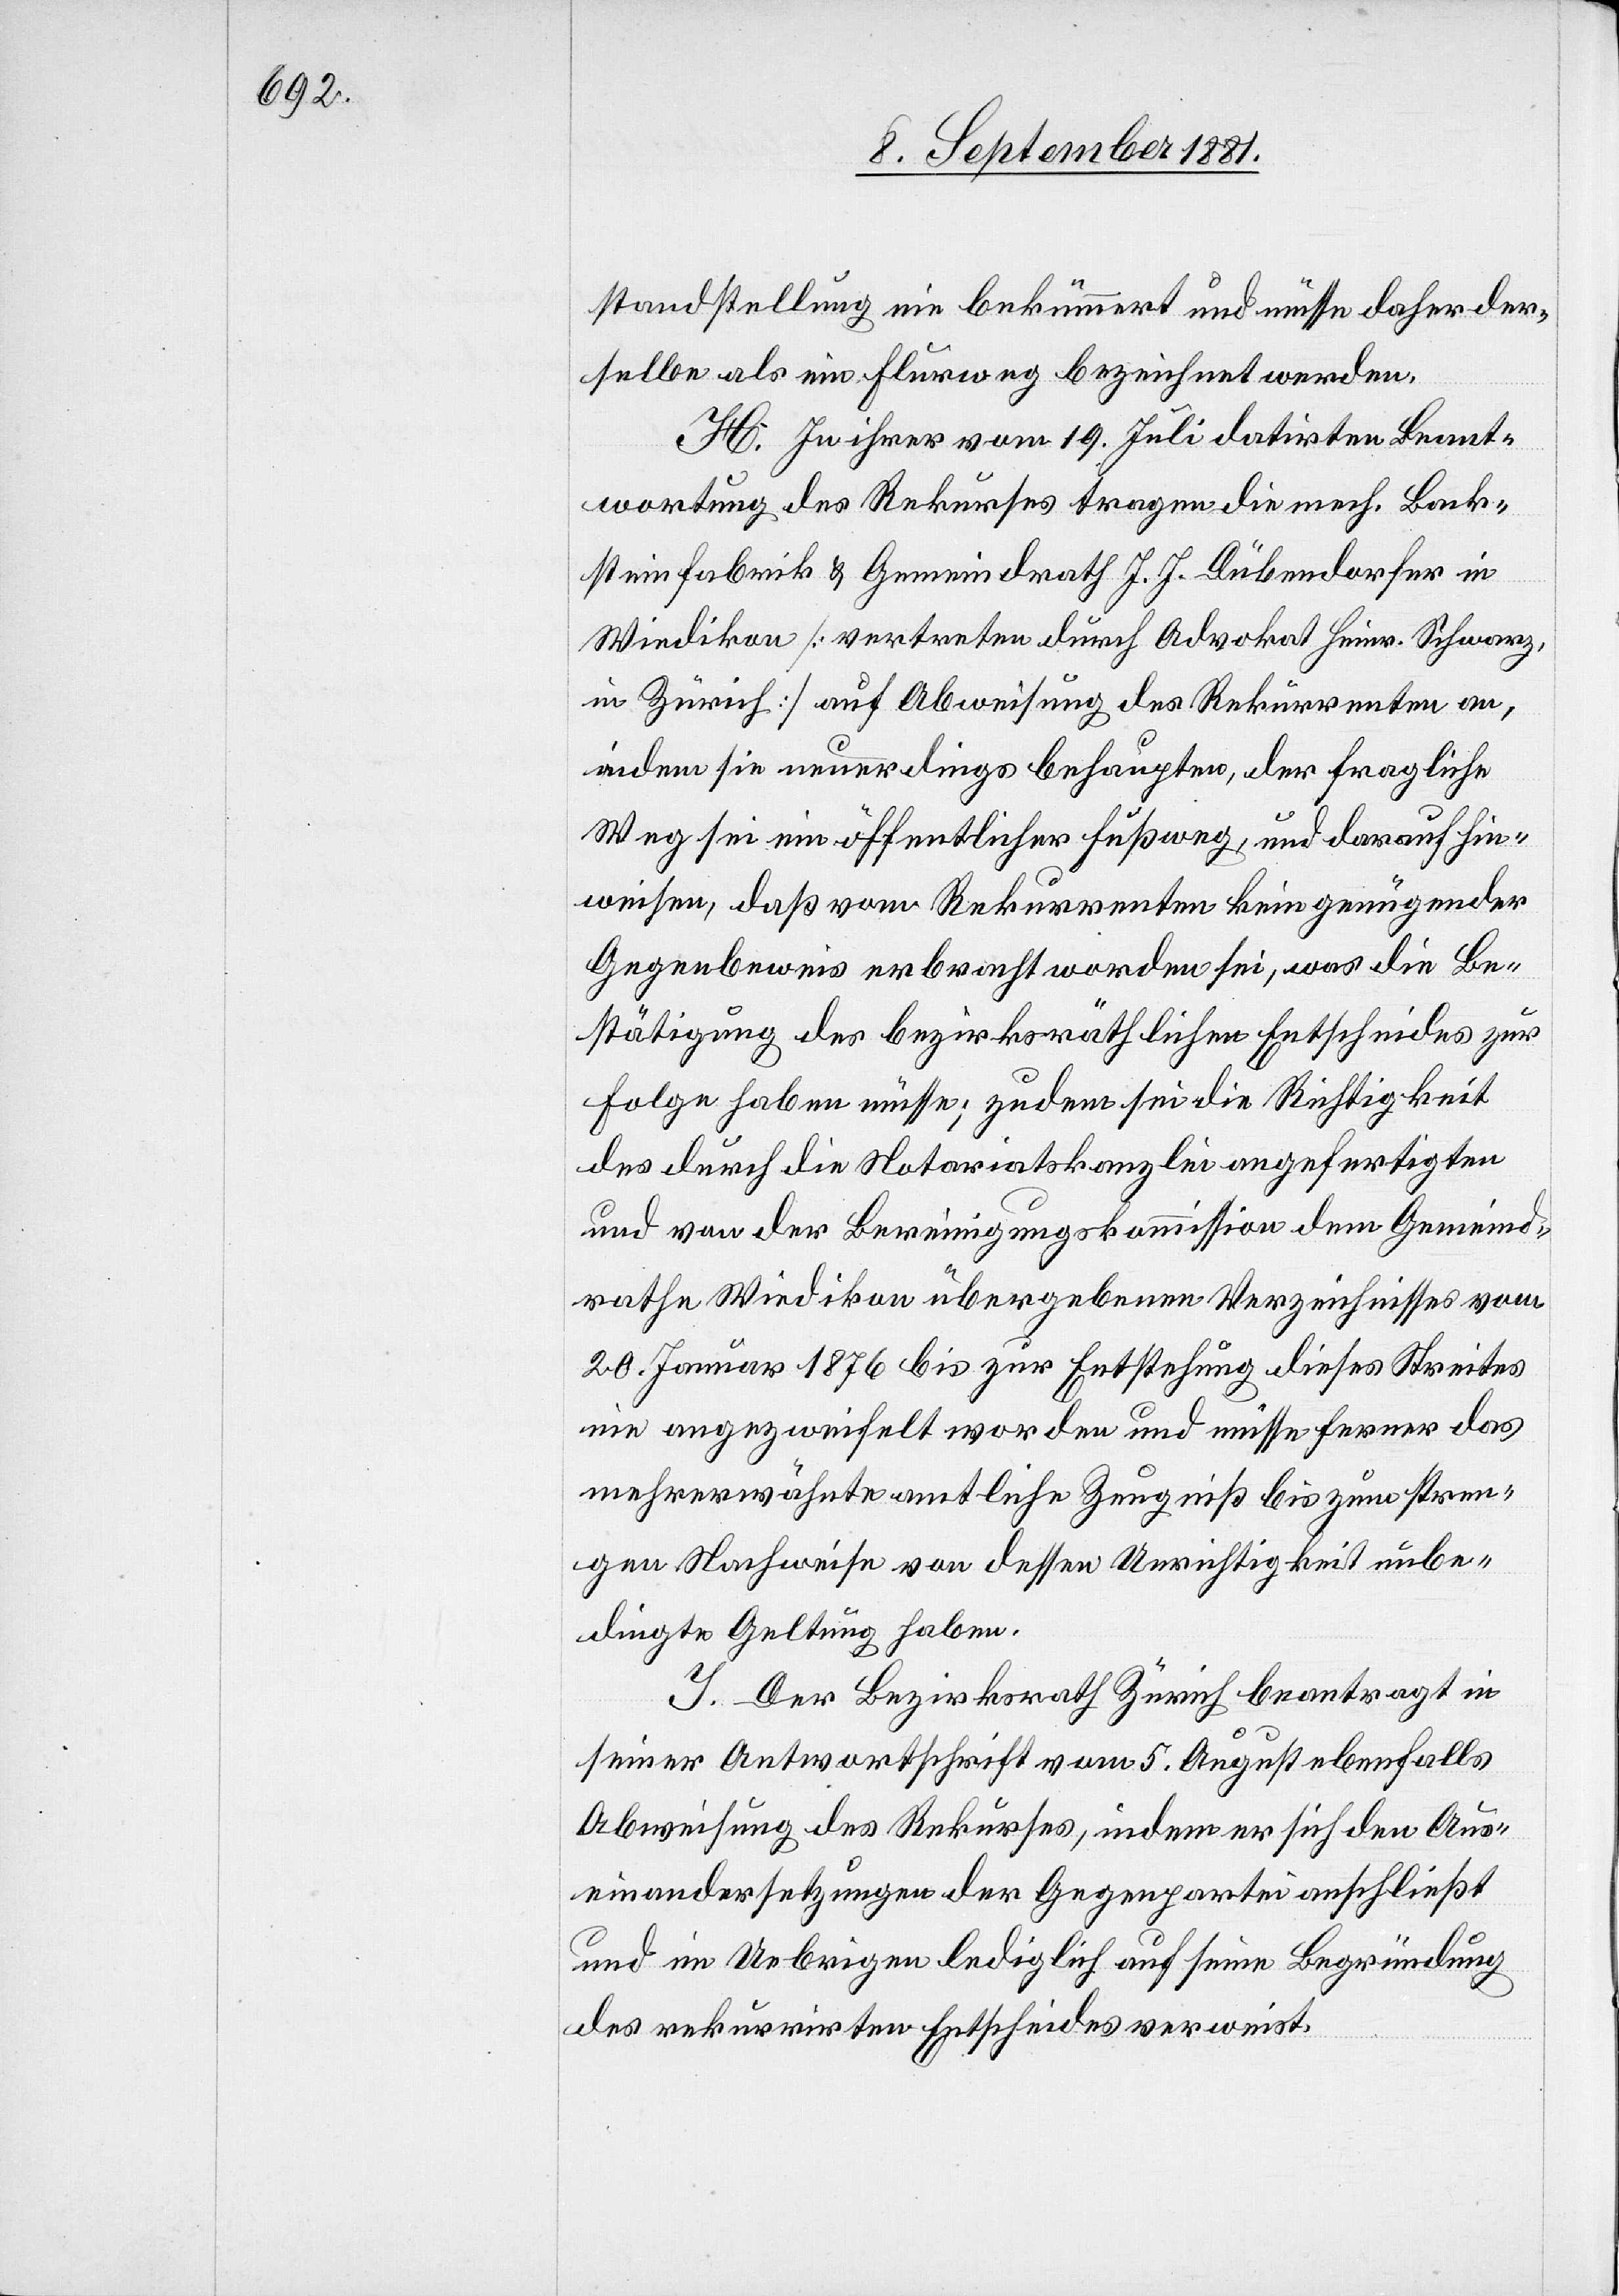
standstellung nie bekümmert und müsse daher der¬
selbe als ein Flurweg bezeichnet werden.
H. In ihrer vom 19. Juli datirten Beant¬
wortung des Rekurses tragen die mech. Back¬
steinfabrik & Gemeindrath J. J. Dübendorfer in
Wiedikon [vertreten durch Advokat Heinr. Schwarz,
in Zürich] auf Abweisung des Rekurrenten an,
indem sie neuerdings behaupten, der fragliche
Weg sei ein öffentlicher Fußweg, und darauf hin¬
weisen, daß vom Rekurrenten kein genügender
Gegenbeweise erbracht worden sei, was die Be¬
stätigung des bezirksräthlichen Entscheides zur
Folge haben müsse; zudem sei die Richtigkeit
des durch die Notariatskanzlei angefertigten
und von der Bereinigungskommission dem Gemeind¬
rathe Wiedikon übergebenen Verzeichnisses vom
20. Januar 1876 bis zur Entstehung dieses Streites
nie angezweifelt worden und müsse ferner das
mehrerwähnte amtliche Zeugniß bis zum stren¬
gen Nachweise von dessen Unrichtigkeit unbe¬
dingte Geltung haben.
I. Der Bezirksrath Zürich beantragt in
seiner Antwortschrift vom 5. August ebenfalls
Abweisung des Rekurses, indem er sich den Aus¬
einandersetzungen der Gegenpartei anschließt
und im Uebrigen lediglich auf seine Begründung
des rekurrirten Entscheides verweist.